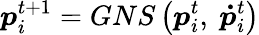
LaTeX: \boldsymbol{p}_{i}^{t+1}=GNS\left(\boldsymbol{p}_{i}^{t},\ \boldsymbol{\dot{p}}_{i}^{t}\right)